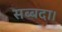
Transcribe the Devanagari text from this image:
सब्बदा।